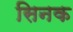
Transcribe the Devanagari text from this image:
सिनक